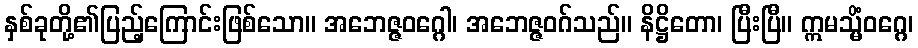
နှစ်ခုတို့၏ပြည့်ကြောင်းဖြစ်သော။ အဘေဇ္ဇဝဂ္ဂေါ၊ အဘေဇ္ဇဝဂ်သည်။ နိဋ္ဌိတော၊ ပြီးပြီ။ ဣမသ္မိံဝဂ္ဂေ၊